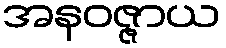
အနဝဇ္ဇာယ